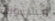
مستوية